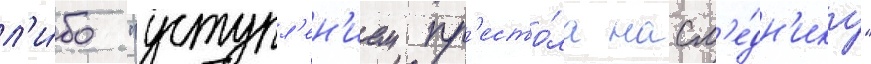
л'и́бо "уступл'ен'ием пр'есто́ла насл'е́дн'ику"